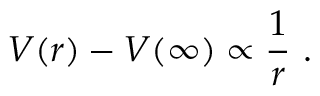
V ( r ) - V ( \infty ) \propto \frac { 1 } { r } ~ .